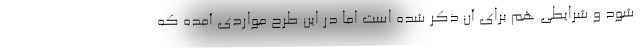
شود و شرایطی هم برای آن ذکر شده است اما در این طرح مواردی آمده که